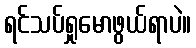
ရင်သပ်ရှုမောဖွယ်ရာပဲ။